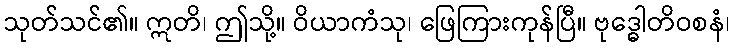
သုတ်သင်၏။ ဣတိ၊ ဤသို့။ ဝိယာကံသု၊ ဖြေကြားကုန်ပြီ။ ဗုဒ္ဓေါတိဝစနံ၊